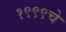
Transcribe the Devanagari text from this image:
१९९९चे